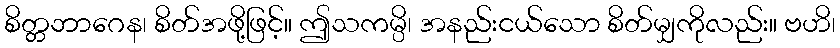
စိတ္တဘာဂေန၊ စိတ်အဖို့ဖြင့်။ ဤသကမ္ပိ၊ အနည်းငယ်သော စိတ်မျှကိုလည်း။ ဗဟိ၊